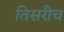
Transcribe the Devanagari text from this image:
तिसरीच